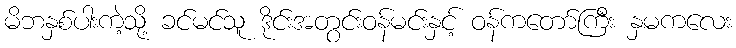
မိဘနှစ်ပါးကဲ့သို့ ခင်မင်သူ ဒိုင်းအတွင်းဝန်မင်းနှင့် ဝန်ကတော်ကြီး နှမကလေး